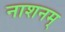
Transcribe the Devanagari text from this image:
नाशनम्‌